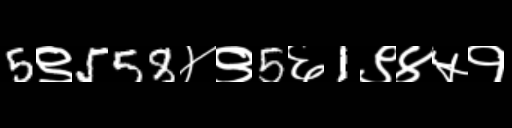
Text: 5९558४९5६1९४५१